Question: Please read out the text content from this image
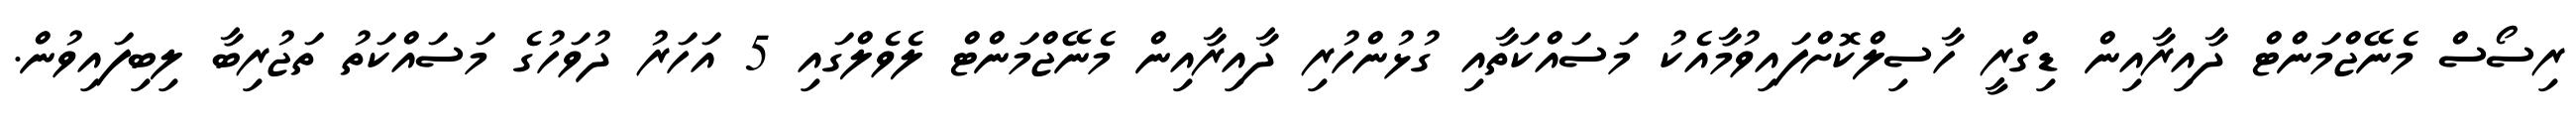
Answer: ރިސޯސް މެނޭޖްމަންޓް ދާއިރާއިން ޑިގްރީ ހާސިލްކޮށްފައިވުމާއެކު މަސައްކަތާއި ގުޅުންހުރި ދާއިރާއިން މެނޭޖްމަންޓް ލެވެލްގައި 5 އަހަރު ދުވަހުގެ މަސައްކަތު ތަޖުރިބާ ލިބިފައިވުން.